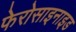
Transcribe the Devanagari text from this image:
फेरोसाइनाइड